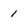
Character: 1